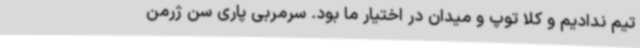
تیم ندادیم و کلا توپ و میدان در اختیار ما بود. سرمربی پاری سن ژرمن